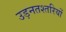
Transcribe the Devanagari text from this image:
उड़नतश्तरियों